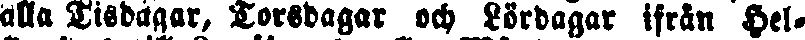
alla Tisdässar, Torsdagar och Lördagar ifrån Hel-